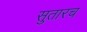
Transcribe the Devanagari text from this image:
सुतारच